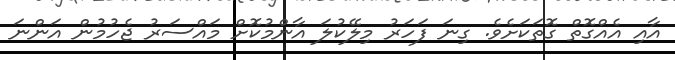
އާއި އެއްގޮތް ގޮތަކަށެވެ. ގިނަ ފަހަރު މިލޭކުލަ އާންމުކޮށް މައްސަރު ޖެހުމުން އަންނަ